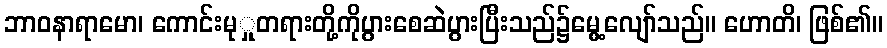
ဘာဝနာရာမော၊ ကောင်းမုှုတရားတို့ကိုပွားစေဆဲပွားပြီးသည်၌မွေ့လျော်သည်။ ဟောတိ၊ ဖြစ်၏။